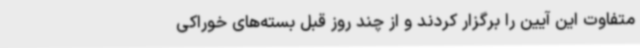
متفاوت این آیین را برگزار کردند و از چند روز قبل بسته‌های خوراکی‌